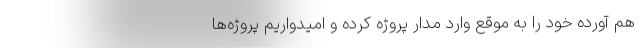
هم آورده خود را به موقع وارد مدار پروژه کرده و امیدواریم پروژه‌ها